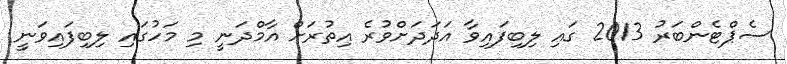
ސެޕްޓެންބަރު 2013 ގައި ލިބިފައިވާ އަދަދަށްވުރެ އިތުރަށް އާމްދަނީ މި މަހުގައި ލިބިފައިވަނީ